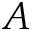
A